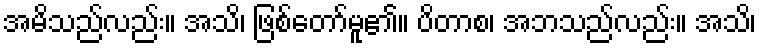
အမိသည်လည်း။ အသိ၊ ဖြစ်တော်မူ၏။ ပိတာစ၊ အဘသည်လည်း။ အသိ၊